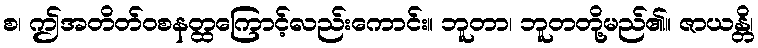
စ၊ ဤအတိတ်ဝစနတ္ထကြောင့်လည်းကောင်း။ ဘူတာ၊ ဘူတတို့မည်၏။ ဇာယန္တိ၊